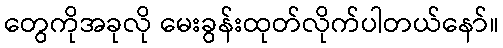
တွေကိုအခုလို မေးခွန်းထုတ်လိုက်ပါတယ်နော်။